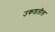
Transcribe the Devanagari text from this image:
उकडतील